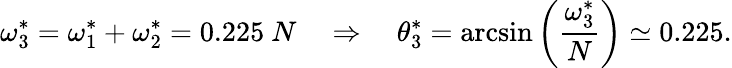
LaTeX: \omega_{3}^{*}=\omega_{1}^{*}+\omega_{2}^{*}=0.225~N~~~~\Rightarrow~~~~\theta_{3}^{*}=\arcsin\left(\frac{\omega_{3}^{*}}{N}\right)\simeq 0.225.